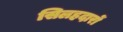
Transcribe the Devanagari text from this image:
सिलहदारों